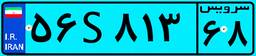
۳۳S۶۶۰۲۲